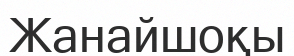
Жанайшоқы